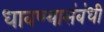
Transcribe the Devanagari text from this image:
धावण्यासंबंधी